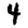
Digit: 4